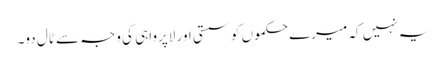
یہ نہیں کہ میرے حکموں کو سستی اور لاپرواہی کی وجہ سے ٹال دو۔